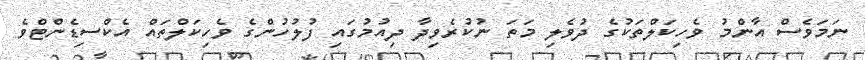
ނަމަވެސް އާންމު ވެހިކަލްތަކުގެ ދުވެލި މަތަ ނުކުރެވިދާ ދިއުމުގައި ފުލުހުންގެ ވެހިކަލްތައް އެކްސިޑެންޓްވެ